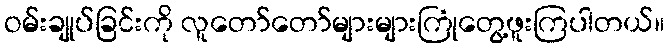
ဝမ်းချုပ်ခြင်းကို လူတော်တော်များများကြုံတွေ့ဖူးကြပါတယ်။